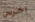
اخرس